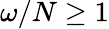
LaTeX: \omega/N\geq 1